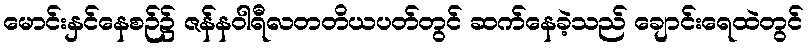
မောင်းနှင်နေစဉ်၌ ဇန်နဝါရီလတတိယပတ်တွင် ဆက်နေခဲ့သည် ချောင်းရေထဲတွင်